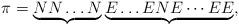
LaTeX: \begin{align*}\pi = \underbrace{NN\dots N}_{} \underbrace{E\dots ENE\cdots EE}_{},\end{align*}